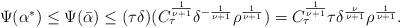
LaTeX: \begin{align*} \Psi(\alpha^*)\leq \Psi(\bar \alpha) \leq (\tau\delta)(C_\tau^{\frac1{\nu+1}}\delta^{-\frac{1}{\nu+1}}\rho^{\frac{1}{\nu+1}})= C_\tau^{\frac1{\nu+1}}\tau\delta^{\frac{\nu}{\nu+1}} \rho^{\frac{1}{\nu+1}}. \end{align*}